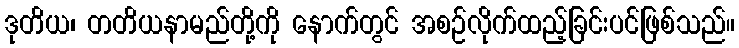
ဒုတိယ၊ တတိယနာမည်တို့ကို နောက်တွင် အစဉ်လိုက်ထည့်ခြင်းပင်ဖြစ်သည်။